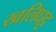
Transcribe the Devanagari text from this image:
खलिघट्ट